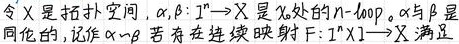
令 $X$ 是拓扑空间, $\alpha,\beta: I^n \to X$ 是 $X$ 处的 $n$-loop。$\alpha$ 与 $\beta$ 是同伦的, 记作 $\alpha \sim \beta$ 若存在连续映射 $F: I^n \times I \to X$ 满足